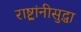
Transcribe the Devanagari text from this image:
राष्ट्रांनीसुद्धा